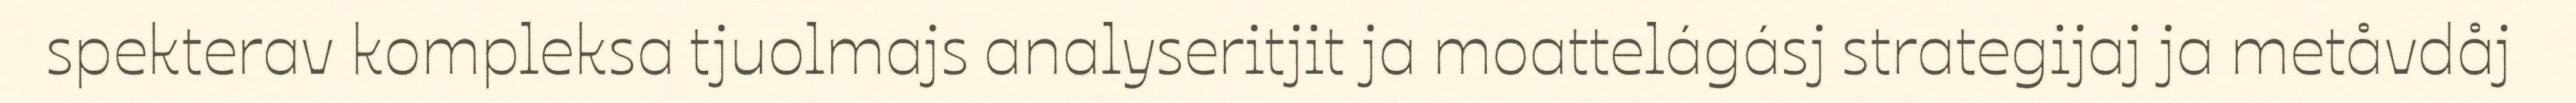
spekterav kompleksa tjuolmajs analyseritjit ja moattelágásj strategijaj ja metåvdåj